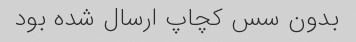
بدون سس کچاپ ارسال شده بود